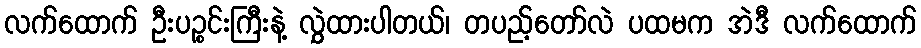
လက်ထောက် ဦးပဉ္စင်းကြီးနဲ့ လွှဲထားပါတယ်၊ တပည့်တော်လဲ ပထမက အဲဒီ လက်ထောက်